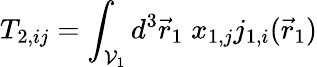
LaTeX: T_{2,ij}=\int_{\mathcal{V}_{1}}d^{3}\vec{r}_{1}\; x_{1,j}j_{1,i}(\vec{r}_{1})